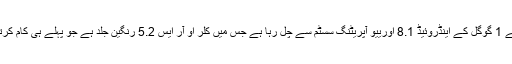
اوپو کے 1 گوگل کے اینڈروئیڈ 8.1 اورییو آپریٹنگ سسٹم سے چل رہا ہے جس میں کلر او آر ایس 5.2 رنگین جلد ہے جو پہلے ہی کام کرتی ہے۔